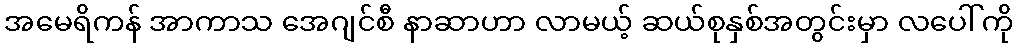
အမေရိကန် အာကာသ အေဂျင်စီ နာဆာဟာ လာမယ့် ဆယ်စုနှစ်အတွင်းမှာ လပေါ်ကို